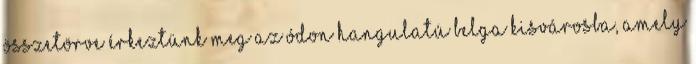
összetörve érkeztünk meg az ódon hangulatú belga kisvárosba, amely